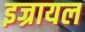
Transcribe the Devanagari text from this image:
इज्रायल